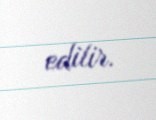
edilir.